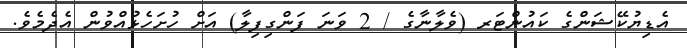
އެޑިޔުކޭޝަންގެ ކައުންޓަރ (ވެލާނާގެ / 2 ވަނަ ފަންގިފިލާ) އަށް ހުށަހެޅުއްވުން އެދެމެވެ.